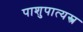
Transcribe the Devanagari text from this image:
पाशुपात्यस्त्र